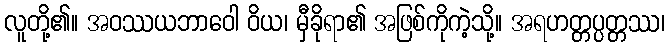
လူတို့၏။ အဝဿယဘာဝေါ ဝိယ၊ မှီခိုရာ၏ အဖြစ်ကိုကဲ့သို့။ အရဟတ္တပ္ပတ္တဿ၊